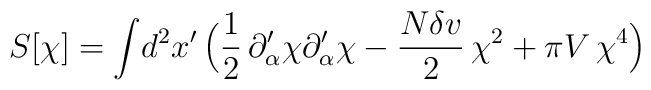
S[\chi] = \int\! d^2 x' \, \Bigl( {1\over 2}\,\partial_{\alpha}'\chi \partial_{\alpha}'\chi - {N \delta v\over 2}\,\chi^{2} +\pi V\,\chi^4 \Bigr)